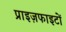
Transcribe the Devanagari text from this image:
प्राइज़फाइटों